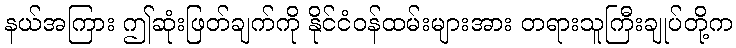
နယ်အကြား ဤဆုံးဖြတ်ချက်ကို နိုင်ငံဝန်ထမ်းများအား တရားသူကြီးချုပ်တို့က